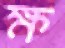
ক্ষ